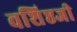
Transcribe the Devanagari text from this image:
वशिष्ठजी